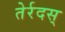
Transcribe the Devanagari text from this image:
तेर्रदस्